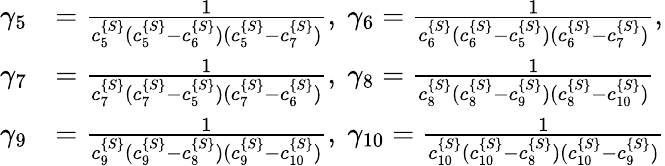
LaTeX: \begin{array}{rl}{\gamma_{5}}&{=\frac{1}{c_{5}^{\{ S\} }(c_{5}^{\{ S\} }-c_{6}^{\{ S\} })(c_{5}^{\{ S\} }-c_{7}^{\{ S\} })},\ \gamma_{6}=\frac{1}{c_{6}^{\{ S\} }(c_{6}^{\{ S\} }-c_{5}^{\{ S\} })(c_{6}^{\{ S\} }-c_{7}^{\{ S\} })},}\\ {\gamma_{7}}&{=\frac{1}{c_{7}^{\{ S\} }(c_{7}^{\{ S\} }-c_{5}^{\{ S\} })(c_{7}^{\{ S\} }-c_{6}^{\{ S\} })},\ \gamma_{8}=\frac{1}{c_{8}^{\{ S\} }(c_{8}^{\{ S\} }-c_{9}^{\{ S\} })(c_{8}^{\{ S\} }-c_{10}^{\{ S\} })}}\\ {\gamma_{9}}&{=\frac{1}{c_{9}^{\{ S\} }(c_{9}^{\{ S\} }-c_{8}^{\{ S\} })(c_{9}^{\{ S\} }-c_{10}^{\{ S\} })},\ \gamma_{10}=\frac{1}{c_{10}^{\{ S\} }(c_{10}^{\{ S\} }-c_{8}^{\{ S\} })(c_{10}^{\{ S\} }-c_{9}^{\{ S\} })}}\end{array}